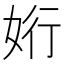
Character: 𮱀